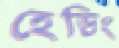
হেডিং